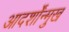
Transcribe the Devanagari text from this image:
आदर्शोंन्मुख